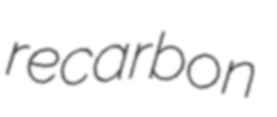
recarbon